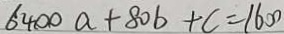
6 4 0 0 a + 8 0 b + c = 1 6 0 0